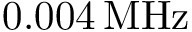
{ 0 . 0 0 4 } \, \mathrm { M H z }